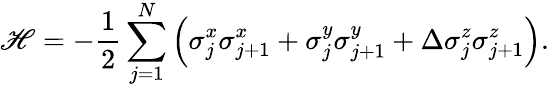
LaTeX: \mathscr{H}=-\frac{{1}}{{2}}\sum_{j=1}^{N}\left(\sigma_{j}^{x}\sigma_{j+1}^{x}+\sigma_{j}^{y}\sigma_{j+1}^{y}+\Delta\sigma_{j}^{z}\sigma_{j+1}^{z}\right).